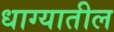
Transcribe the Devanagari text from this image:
धाग्यातील